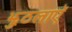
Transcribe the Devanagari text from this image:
झुठलाएॅ